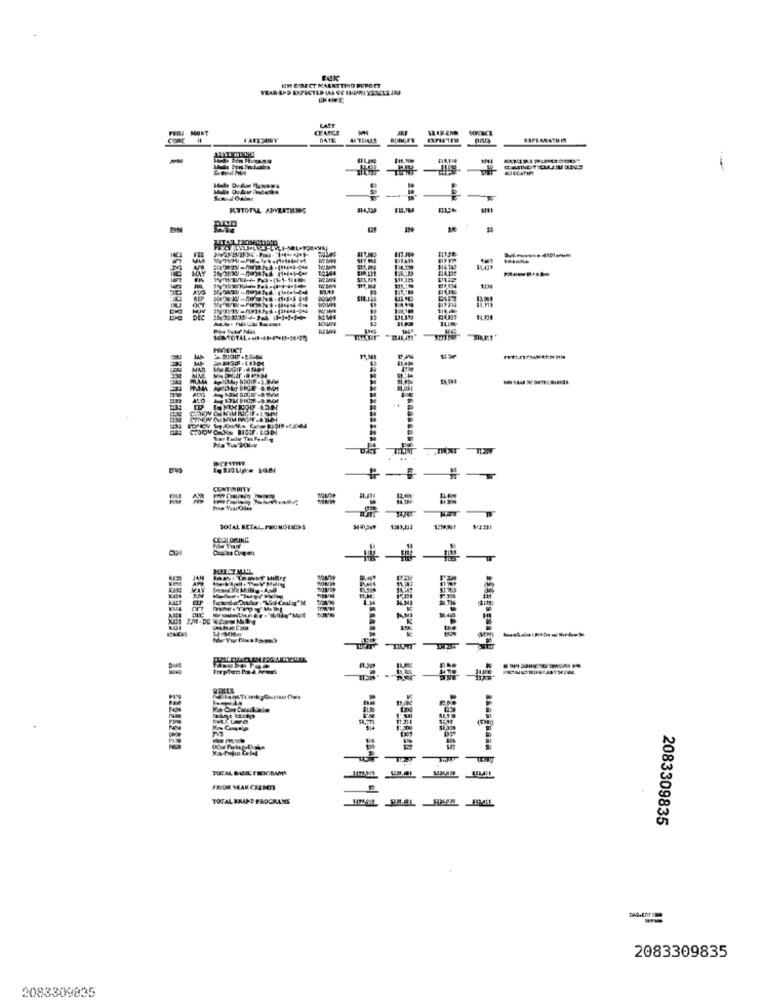
ISH DIRECT MARKETING BUDGET
LAST
PROJ MONT
CEANCE
VAR.END
COME
FAREZORY
DATE
CAROT DAZU INNS
RITOTAL ADVERTISING
$0
117.30%
$1.43₺
STR 325
$3
$5ar
&GIF .One
33FFF
14.30
TOTAL BETAL PROMOTIONS
MILCTMAL
JAN
TOTAL BRAND PROGRAMS
2083309835
2083309835
2083309835